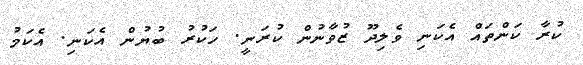
ކުރާ ކަންތައް އެކަނި ވެލިދޫ ޒުވާނުން ކުރަނީ. ހަކުރު ބުޔުން އެކަނި. އެކަމު